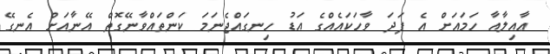
ޢާއިލާއާ ހަމައަށް އެ ފަދަ ވާހަކައެއްގެ އަޑު ހިނގައްޖެނަމަ ކަންތައްވާނޭގޮތް އޭނާއަށް އެނގޭ